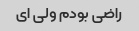
راضی بودم ولی ای